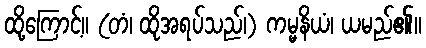
ထို့ကြောင့်။ (တံ၊ ထိုအရပ်သည်၊) ကမ္မနိယံ၊ ယမည်၏။